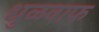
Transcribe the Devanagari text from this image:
धुळवाफ